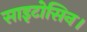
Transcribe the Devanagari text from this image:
साइटोसिन।